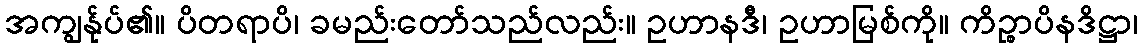
အကျွန်ုပ်၏။ ပိတရာပိ၊ ခမည်းတော်သည်လည်း။ ဥဟာနဒီ၊ ဥဟာမြစ်ကို။ ကိဉ္စာပိနဒိဋ္ဌာ၊